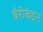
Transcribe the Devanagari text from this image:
बैरीकेड्स